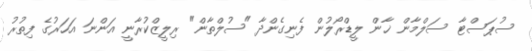
ސުޕަސްޓާ ސަލްމާން ޚާން ލީޑްރޯލުން ފެނިގެންދާ "ސުލްތާން" ރިލީޒްކުރާނީ އަންނަ އަހަރުގެ ފިތުރު